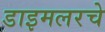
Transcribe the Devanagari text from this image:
डाइमलरचे